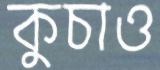
কুচাও